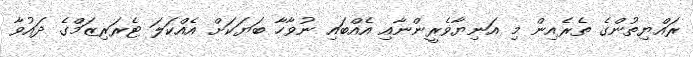
ރައްޔިތުންގެ ތެރެއިން މި އަނިޔާވެރީންނާއި އެއްބައި ނުވާހާ ބަޔަކަށް އެއްކަލަ ޓެރަރިޒަމްގެ ދައުވާ